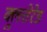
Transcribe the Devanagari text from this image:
क्लुत्तेरेड